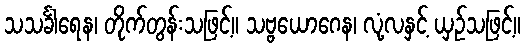
သသင်္ခါရေန၊ တိုက်တွန်းသဖြင့်။ သဗ္ဗယောဂေန၊ လုံ့လနှင့် ယှဉ်သဖြင့်။